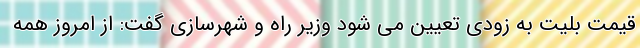
قیمت بلیت به زودی تعیین می شود وزیر راه و شهرسازی گفت: از امروز همه